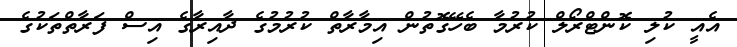
އެއީ ކުލި ކޮންޓްރޯލް ކުރުމާ ބެހޭގޮތުން އިމާރާތް ކުރުމުގެ ދާއިރާގެ އިސް ފަރާތްތަކުގެ